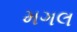
મગલ